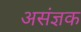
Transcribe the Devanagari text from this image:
असंज्ञक